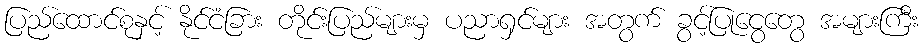
ပြည်ထောင်စုနှင့် နိုင်ငံခြား တိုင်းပြည်များမှ ပညာရှင်များ အတွက် ခွင့်ပြုငွေတွေ အများကြီး